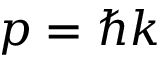
p = \hbar k